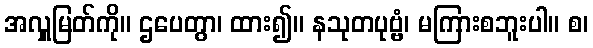
အလှူမြတ်ကို။ ဌပေတွာ၊ ထား၍။ နသုတပုဗ္ဗံ၊ မကြားစဘူးပါ။ စ၊